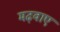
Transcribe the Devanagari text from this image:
मढ़वाए